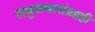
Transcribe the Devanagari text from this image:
लघुकथासंग्रहही